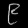
Digit: ၉